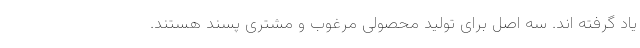
یاد گرفته اند. سه اصل برای تولید محصولی مرغوب و مشتری پسند هستند.